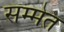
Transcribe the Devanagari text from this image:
सम्मेत